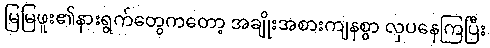
မြမြဖူး၏နားရွက်တွေကတော့ အချိုးအစားကျနစွာ လှပနေကြပြီး